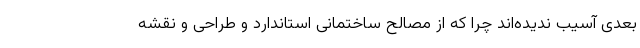
بعدی آسیب ندیده‌اند چرا که از مصالح ساختمانی استاندارد و طراحی و نقشه